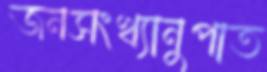
জনসংখ্যানুপাত